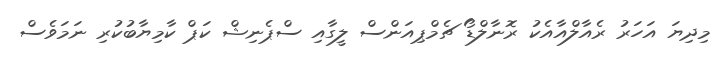
މިދިޔަ އަހަރު ރެއާލްއާއެކު ރޮނާލްޑޯ ޗެމްޕިއަންސް ލީގާއި ސްޕެނިޝް ކަޕް ކާމިޔާބުކުރި ނަމަވެސް